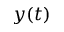
y ( t )